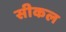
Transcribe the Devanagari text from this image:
सीकल